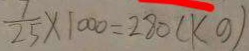
\frac { 7 } { 2 5 } \times 1 0 0 0 = 2 8 0 ( k g )